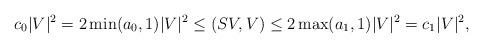
LaTeX: \begin{align*}c_0|V|^2=2\min(a_0,1)|V|^2\le (SV,V)\le 2\max(a_1,1)|V|^2=c_1|V|^2,\end{align*}